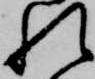
れ